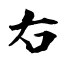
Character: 右